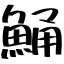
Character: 鯒